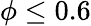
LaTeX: \phi\leq 0.6